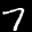
Label: 7